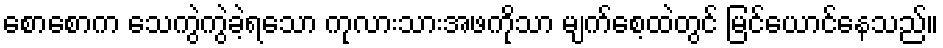
စောစောက သေကွဲကွဲခဲ့ရသော ကုလားသားအဖကိုသာ မျက်စေ့ထဲတွင် မြင်ယောင်နေသည်။